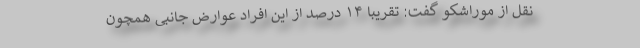
نقل از موراشکو گفت: تقریبا ۱۴ درصد از این افراد عوارض جانبی همچون